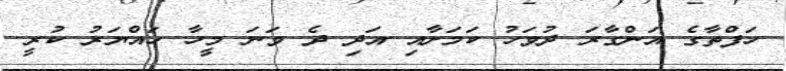
ހަފްތާގެ އަންގާރަ ދުވަހު ކަމަށާއި އަދި ދެ ވަނަ މީހާ ހައްޔަރު ކުރީ